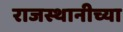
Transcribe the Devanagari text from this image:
राजस्थानीच्या